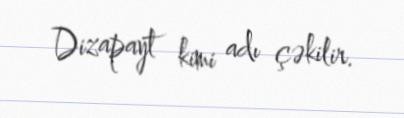
Dizapayt kimi adı çəkilir.